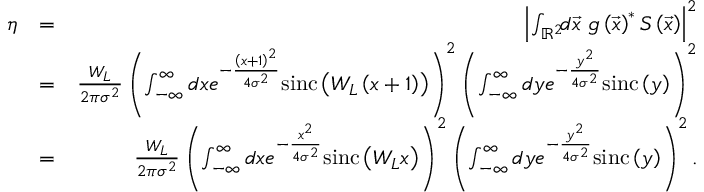
\begin{array} { r l r } { \eta } & { = } & { \left| \int _ { \mathbb { R } ^ { 2 } } \! \! d \vec { x } \ g \left( \vec { x } \right) ^ { \ast } S \left( \vec { x } \right) \right| ^ { 2 } } \\ & { = } & { \frac { W _ { L } } { 2 \pi \sigma ^ { 2 } } \left( \int _ { - \infty } ^ { \infty } d x e ^ { - \frac { \left( x + 1 \right) ^ { 2 } } { 4 \sigma ^ { 2 } } } \mathrm { s i n c } \left( W _ { L } \left( x + 1 \right) \right) \right) ^ { 2 } \left( \int _ { - \infty } ^ { \infty } d y e ^ { - \frac { y ^ { 2 } } { 4 \sigma ^ { 2 } } } \mathrm { s i n c } \left( y \right) \right) ^ { 2 } } \\ & { = } & { \frac { W _ { L } } { 2 \pi \sigma ^ { 2 } } \left( \int _ { - \infty } ^ { \infty } d x e ^ { - \frac { x ^ { 2 } } { 4 \sigma ^ { 2 } } } \mathrm { s i n c } \left( W _ { L } x \right) \right) ^ { 2 } \left( \int _ { - \infty } ^ { \infty } d y e ^ { - \frac { y ^ { 2 } } { 4 \sigma ^ { 2 } } } \mathrm { s i n c } \left( y \right) \right) ^ { 2 } . } \end{array}